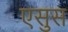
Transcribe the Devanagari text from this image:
एसुस